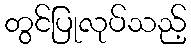
တွင်ပြုလုပ်သည့်